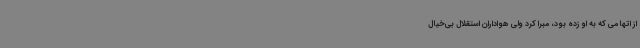
از اتهامی که به او زده بود، مبرا کرد ولی هواداران استقلال بی‌خیال